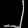
Digit: ၂